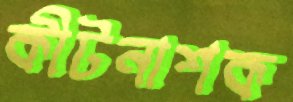
কীটনাশক